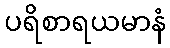
ပရိစာရယမာနံ